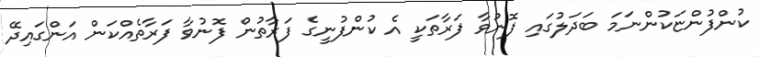
ކުންފުންޏަކުންނަމަ ބަދަލުގައި ފޮނުވާ ފަރާތަކީ އެ ކުންފުނީގެ ފަރާތުން ފޮނުވާ ފަރާތެއްކަން އަންގައިދޭ